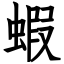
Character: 蝦